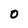
Character: 0